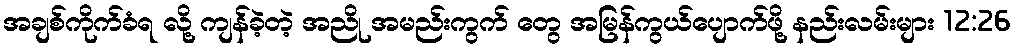
အချစ်ကိုက်ခံရ လို့ ကျန်ခဲ့တဲ့ အညို အမည်းကွက် တွေ အမြန်ကွယ်ပျောက်ဖို့ နည်းလမ်းများ 12:26